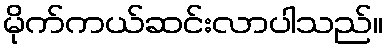
မိုက်ကယ်ဆင်းလာပါသည်။